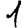
Digit: 1